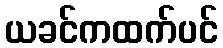
ယခင်ကထက်ပင်